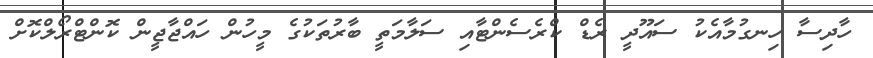
ހާދިސާ ހިނގުމާއެކު ސައޫދީ ރެޑް ކްރެސެންޓާއި ސަލާމަތީ ބާރުތަކުގެ މީހުން ހައްޖާޖީން ކޮންޓްރޯލްކޮށް